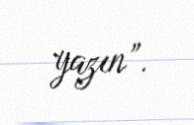
yazın”.